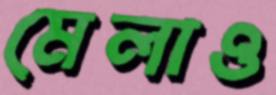
মেলাও